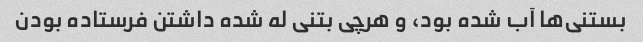
بستنی‌ها آب شده بود، و هرچی بتنی له شده داشتن فرستاده بودن